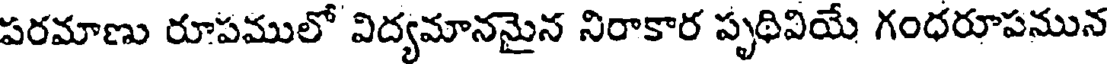
పరమాణు రూపములో విద్యమానమైన నిరాకార పృథివియే గంధరూపనున